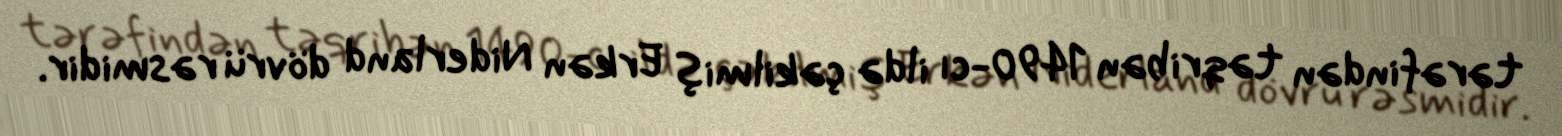
tərəfindən təqribən 1490-cı ildə çəkilmiş Erkən Niderland dövrü rəsmidir.